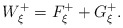
\begin{align*}W_{\xi }^{+}=F_{\xi }^{+}+G_{\xi }^{+}. \end{align*}